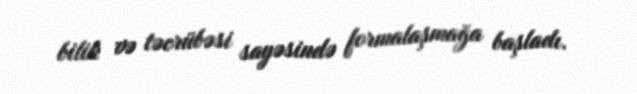
bilik və təcrübəsi sayəsində formalaşmağa başladı.